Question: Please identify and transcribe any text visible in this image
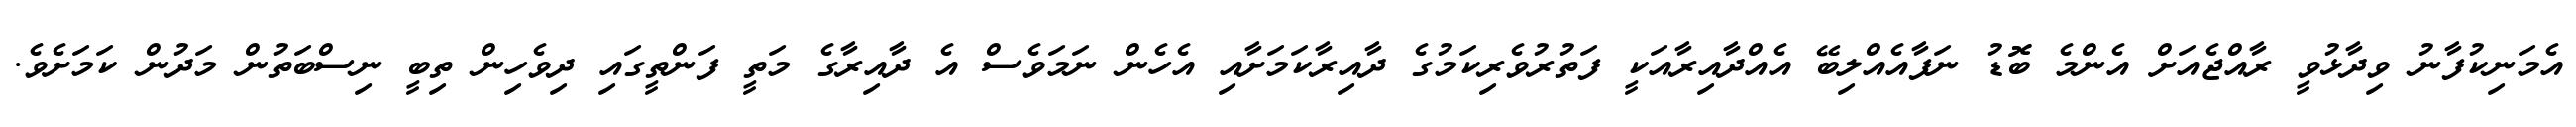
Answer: އެމަނިކުފާނު ވިދާޅުވީ ރާއްޖެއަށް އެންމެ ބޮޑު ނަފާއެއްލިބޭ އެއްދާއިރާއަކީ ފަތުރުވެރިކަމުގެ ދާއިރާކަމަށާއި އެހެން ނަމަވެސް އެ ދާއިރާގެ މަތީ ފަންތީގައި ދިވެހިން ތިބީ ނިސްބަތުން މަދުން ކަމަށެވެ.